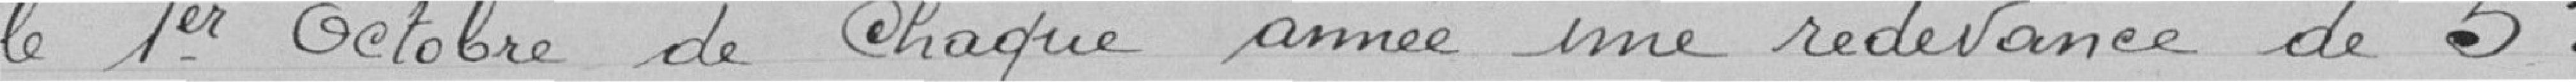
le 1er octobre de chaque année une redevance de 5 francs.